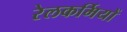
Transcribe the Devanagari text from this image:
रेलकर्मियों